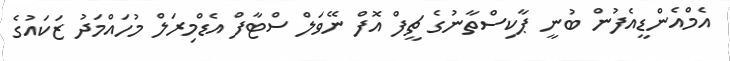
އެމްއެންޑީއެފުން ބުނީ ޕާކިސްތާނުގެ ޗީފް އޮފް ނޭވަލް ސްޓާފް އެޑްމިރަލް މުހައްމަދު ޒަކައުގެ